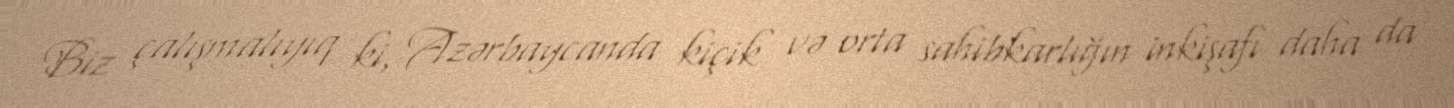
Biz çalışmalıyıq ki, Azərbaycanda kiçik və orta sahibkarlığın inkişafı daha da